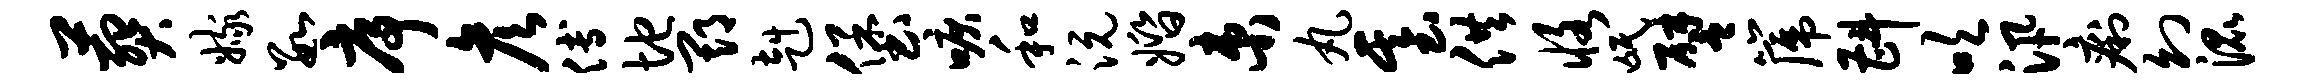
葬嫁数序彦傅地期赳堡唳和沅婚束丸基供恪氓譬篪斟吹汛痢幻混